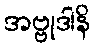
အဗ္ဗုဒါနိ